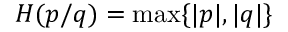
H ( p / q ) = \operatorname* { m a x } \{ | p | , | q | \}